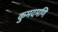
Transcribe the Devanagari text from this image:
कुमदमणि